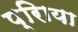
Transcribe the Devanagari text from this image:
प्रिाया